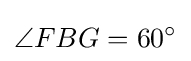
\angle {FBG}=60^{\circ }